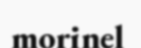
morinel